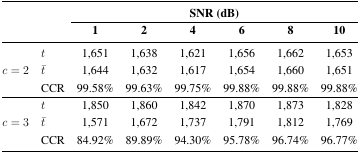
<table><thead><tr><td rowspan="3" colspan="2"></td><td colspan="6"><b>SNR (dB)</b></td></tr><tr><td><b>1</b></td><td><b>2</b></td><td><b>4</b></td><td><b>6</b></td><td><b>8</b></td><td><b>10</b></td></tr></thead><tbody><tr><td rowspan="3"><i>c</i>=2</td><td><i>t</i></td><td>1,651</td><td>1,638</td><td>1,621</td><td>1,656</td><td>1,662</td><td>1,653</td></tr><tr><td><i>t̄</i></td><td>1,644</td><td>1,632</td><td>1,617</td><td>1,654</td><td>1,660</td><td>1,651</td></tr><tr><td>CCR</td><td>99.58%</td><td>99.63%</td><td>99.75%</td><td>99.88%</td><td>99.88%</td><td>99.88%</td></tr><tr><td rowspan="3"><i>c</i>=3</td><td><i>t</i></td><td>1,850</td><td>1,860</td><td>1,842</td><td>1,870</td><td>1,873</td><td>1,828</td></tr><tr><td><i>t̄</i></td><td>1,571</td><td>1,672</td><td>1,737</td><td>1,791</td><td>1,812</td><td>1,769</td></tr><tr><td>CCR</td><td>84.92%</td><td>89.89%</td><td>94.30%</td><td>95.78%</td><td>96.74%</td><td>96.77%</td></tr></tbody></table>